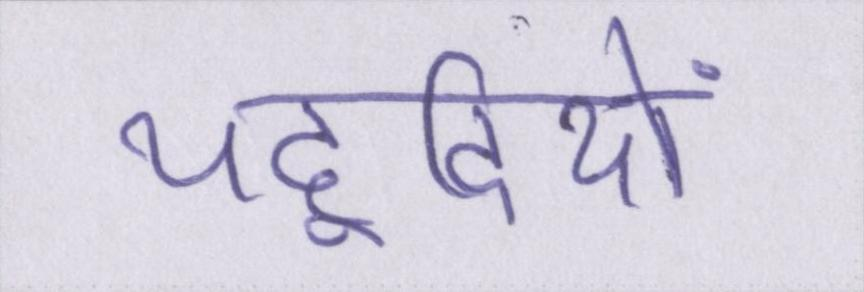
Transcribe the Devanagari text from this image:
यहूदियों